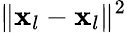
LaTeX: \| \mathbf{x}_{l}-\mathbf{x}_{l}\| ^{2}